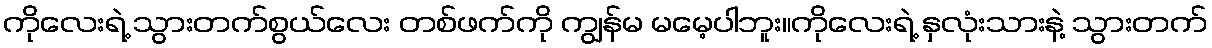
ကိုလေးရဲ့ သွားတက်စွယ်လေး တစ်ဖက်ကို ကျွန်မ မမေ့ပါဘူး။ကိုလေးရဲ့ နှလုံးသားနဲ့ သွားတက်